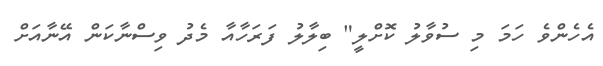
އެހެންވެ ހަމަ މި ސުވާލު ކޮށްލީ" ބިލާލު ފަރަހާއާ މެދު ވިސްނާކަން އޭނާއަށް